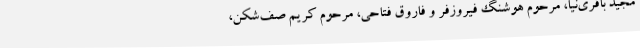
مجید باقری‌نیا، مرحوم هوشنگ فیروزفر و فاروق فتاحی، مرحوم کریم صف‌شکن،